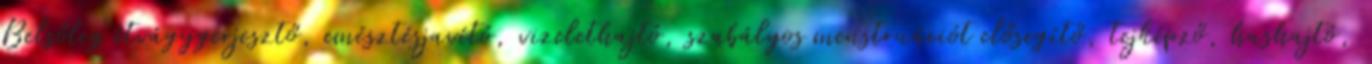
Belsőleg étvágygerjesztő, emésztésjavító, vizelethajtó, szabályos menstruációt elősegítő, tejképző, hashajtó,